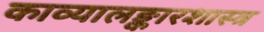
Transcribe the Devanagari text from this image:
काव्यालङ्कारशास्त्र